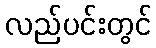
လည်ပင်းတွင်